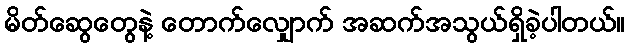
မိတ်ဆွေတွေနဲ့ တောက်လျှောက် အဆက်အသွယ်ရှိခဲ့ပါတယ်။